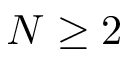
N \geq 2